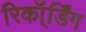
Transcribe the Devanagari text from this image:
रिकॉ्र्डिंग